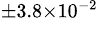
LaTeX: ^{\pm 3.8\times 10^{-2}}